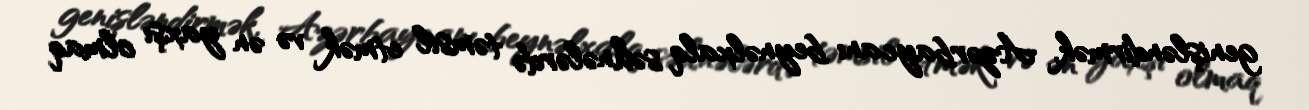
genişləndirmək, Azərbaycanı beynəlxalq səhnələrdə təmsil etmək və ən yaxşı olmaq